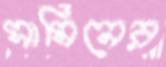
সামিনের